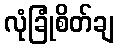
လုံခြုံစိတ်ချ